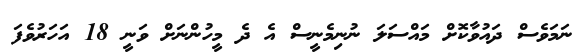
ނަމަވެސް ދައުވާކޮށް މައްސަލަ ނުނިމެނީސް އެ ދެ މީހުންނަށް ވަނީ 18 އަހަރުވެފަ